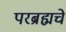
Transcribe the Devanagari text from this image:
परब्रह्मचे